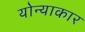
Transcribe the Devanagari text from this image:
योन्याकार